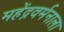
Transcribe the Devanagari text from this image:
महेंद्रवर्मनाला